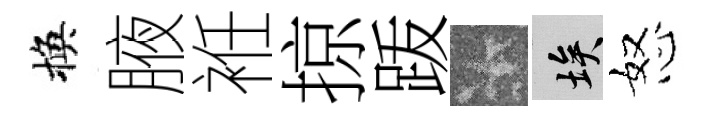
換腋袵掠䟦卡埃怒